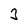
Character: 3